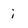
Character: i